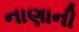
નાણાની